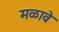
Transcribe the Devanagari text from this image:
मळावे